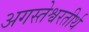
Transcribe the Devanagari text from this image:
अगस्तेश्वरतीर्थ